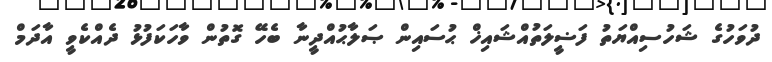
ދުވަހުގެ ޝަހުސިއްޔަތު ފަޟީލަތުއްޝައިޚް ޙުސައިން ޞަލާޙުއްދީނާ ބެހޭ ގޮތުން ވާހަކަފުޅު ދެއްކެވީ އާދަމް